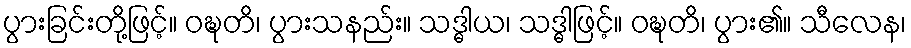
ပွားခြင်းတို့ဖြင့်။ ဝဍ္ဎတိ၊ ပွားသနည်း။ သဒ္ဓါယ၊ သဒ္ဓါဖြင့်။ ဝဍ္ဎတိ၊ ပွား၏။ သီလေန၊